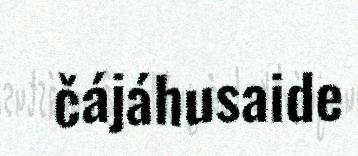
čájáhusaide